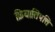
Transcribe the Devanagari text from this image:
क्रियातिपत्ति